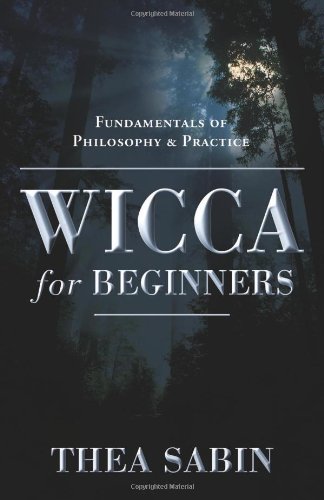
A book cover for Wicca for Beginners: Fundamentals of Philosophy & Practice; Thea Sabin; Religion & Spirituality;